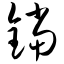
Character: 铛